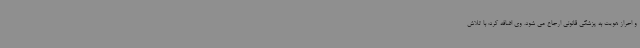
و احراز هویت به پزشکی قانونی ارجاع می شود. وی اضافه کرد: با تلاش